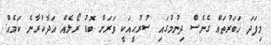
މިފަދަ ޚަބަރުތައް ގެނެސް ދިނުމުގައި ސުރުޙީއަކީ ވަރަށް ބޮޑު ރޯލެއް އަދާކުރާނެ ކަމެއް.